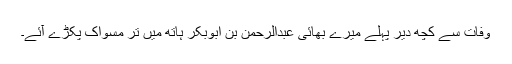
وفات سے کچھ دیر پہلے میرے بھائی عبدالرحمن بن ابوبکر ہاتھ میں تر مسواک پکڑے آئے۔